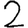
Digit: 2